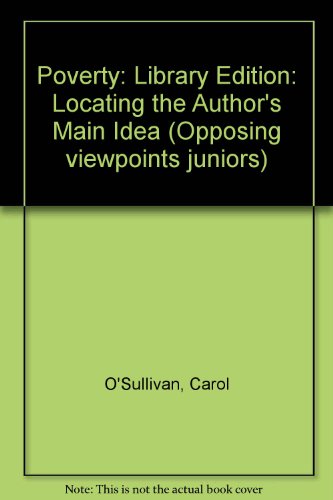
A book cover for Poverty (Opposing viewpoints juniors); Carol O'Sullivan; Teen & Young Adult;